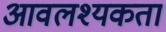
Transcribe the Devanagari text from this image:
आवलश्यकता